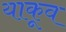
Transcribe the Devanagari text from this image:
याकूव